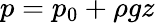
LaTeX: p=p_{0}+\rho gz